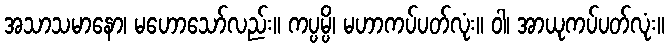
အသာသမာနော၊ မဟောသော်လည်း။ ကပ္ပမ္ပိ၊ မဟာကပ်ပတ်လုံး။ ဝါ၊ အာယုကပ်ပတ်လုံး။